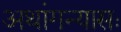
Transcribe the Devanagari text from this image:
अथांगन्यासः